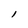
Character: l